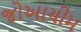
જોઆચીમ